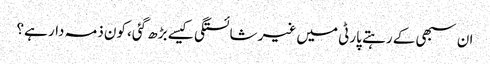
ان سبھی کے رہتے پارٹی میں غیر شائستگی کیسے بڑھ گئی، کون ذمہ دار ہے؟